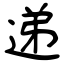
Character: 递